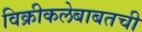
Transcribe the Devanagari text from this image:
विक्रीकलेबाबतची